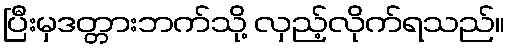
ပြီးမှဒတ္တားဘက်သို့ လှည့်လိုက်ရသည်။